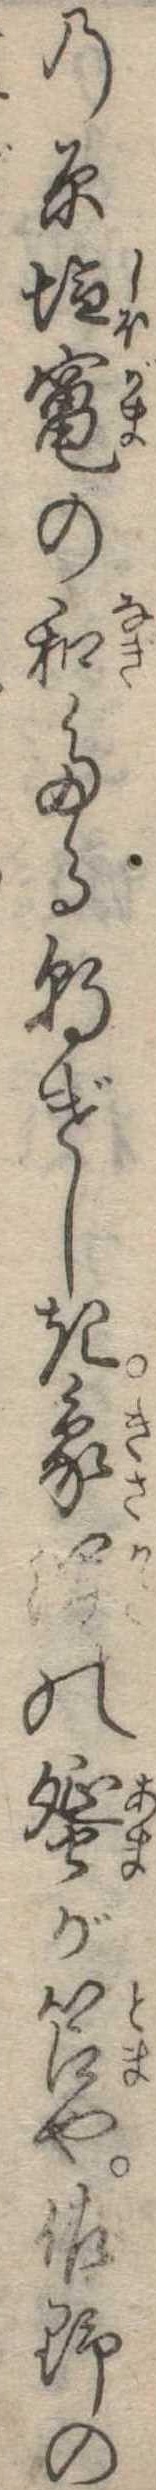
の原塩竃の和たる朝げしき象の蜑が笘や佐野の